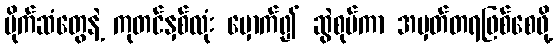
ပိုက်ဆံတွေနဲ့ ကုတင်နှစ်လုံး မှောက်၍ ဆွဲစုပ်ကာ အမှတ်တရဖြစ်စေဖို့